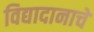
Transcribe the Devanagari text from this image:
विद्यादानाचे